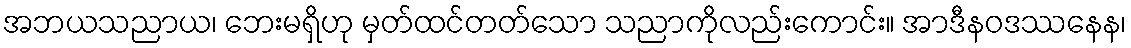
အဘယသညာယ၊ ဘေးမရှိဟု မှတ်ထင်တတ်သော သညာကိုလည်းကောင်း။ အာဒီနဝဒဿနေန၊